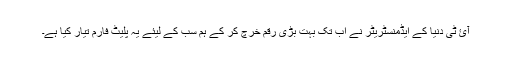
آئ ٹی دنیا کے ایڈمنسٹریٹر نے اب تک بہت بڑی رقم خرچ کر کے ہم سب کے لیئے یہ پلیٹ فارم تیار کیا ہے۔